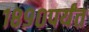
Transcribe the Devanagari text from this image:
१८९०पर्यंत